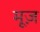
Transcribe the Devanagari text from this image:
मूज़